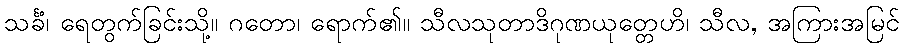
သင်္ခံ၊ ရေတွက်ခြင်းသို့။ ဂတော၊ ရောက်၏။ သီလသုတာဒိဂုဏယုတ္တေဟိ၊ သီလ, အကြားအမြင်